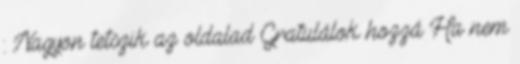
: Nagyon tetszik az oldalad Gratulálok hozzá Ha nem